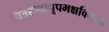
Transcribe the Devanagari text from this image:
चित्रशब्दापूपभक्षविपाक